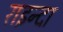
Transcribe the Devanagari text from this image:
राइन्दा